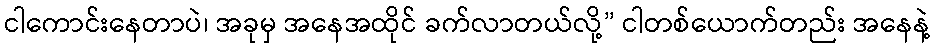
ငါကောင်းနေတာပဲ၊ အခုမှ အနေအထိုင် ခက်လာတယ်လို့” ငါတစ်ယောက်တည်း အနေနဲ့